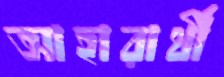
আহারার্থী